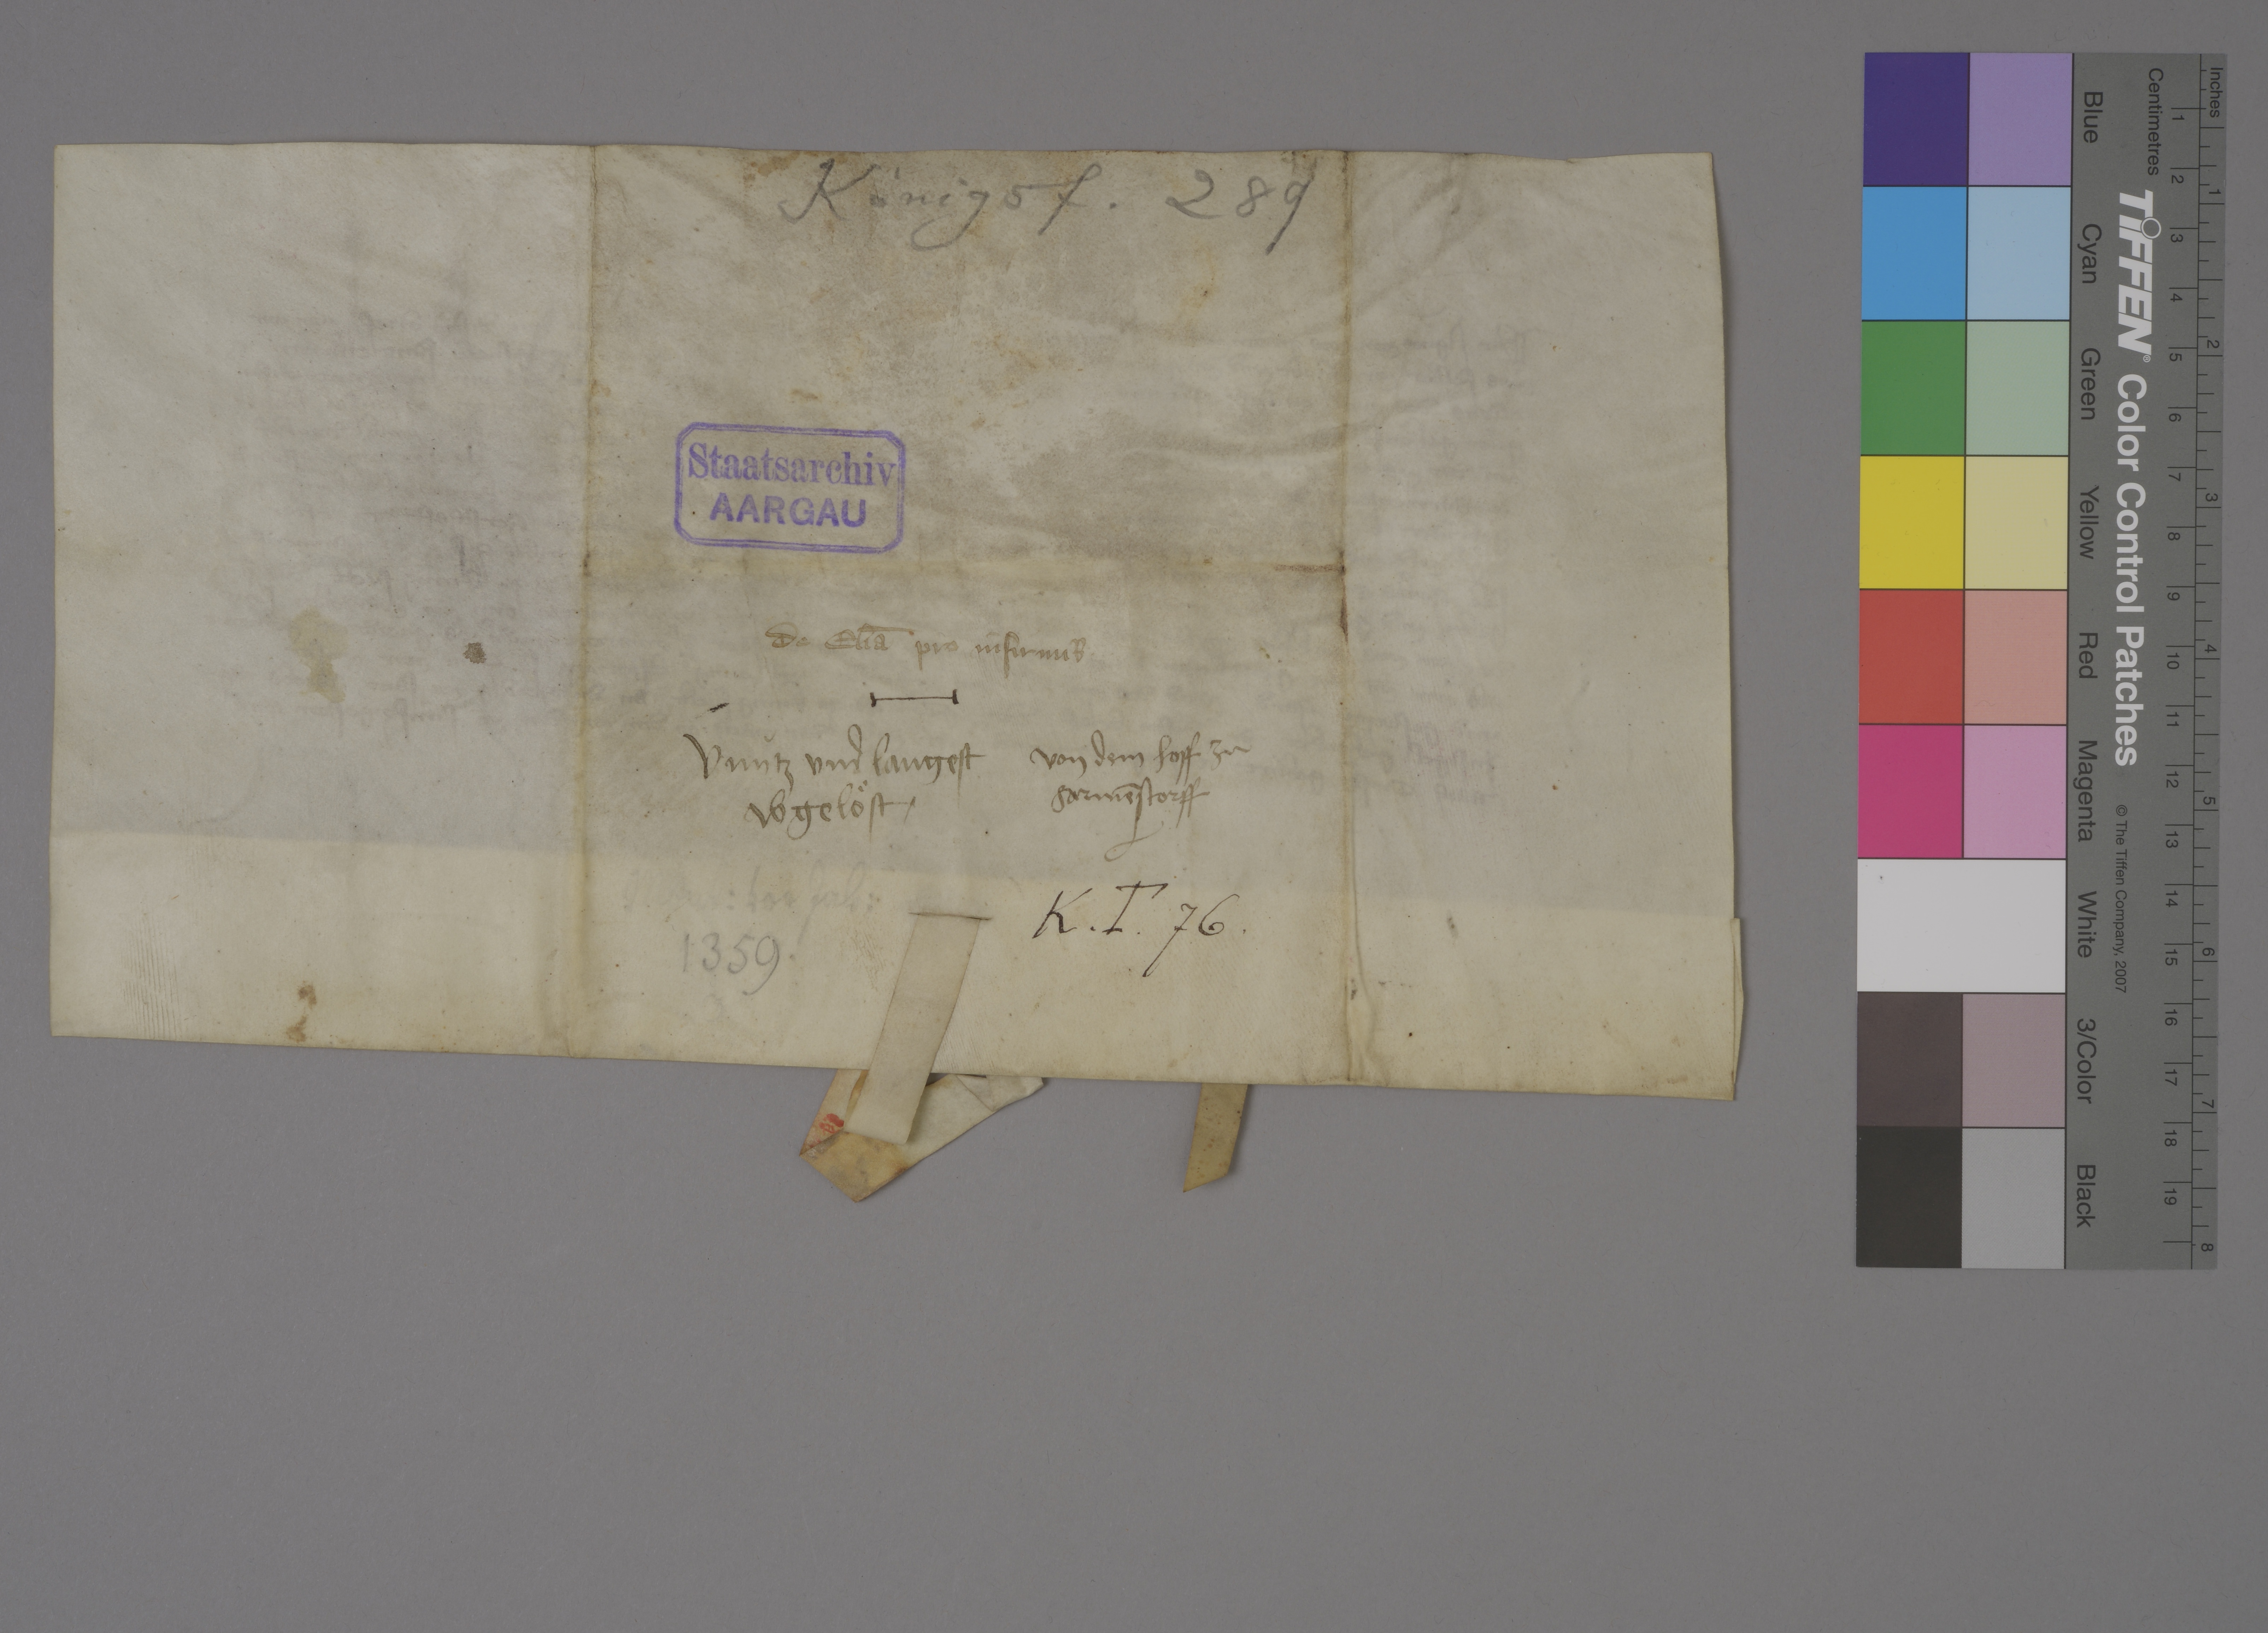
Transcription:
Königsf. 289

Staatsarchiv
AARGAU

de el̄ia pro infirmis

✳

unùtz und langest
abgeloͤst ✳

von dem hoff zu
Sarmēstorff

Mont: vor Jak:
✳

K ✳ T ✳ 76 ✳

1359 ✳